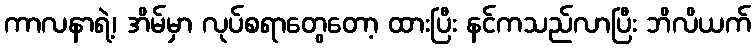
ကာလနာရဲ့၊ အိမ်မှာ လုပ်စရာတွေတော့ ထားပြီး နင်ကသည်လာပြီး ဘိလိယက်